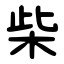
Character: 柴